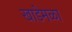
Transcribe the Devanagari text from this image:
खाडेमळा